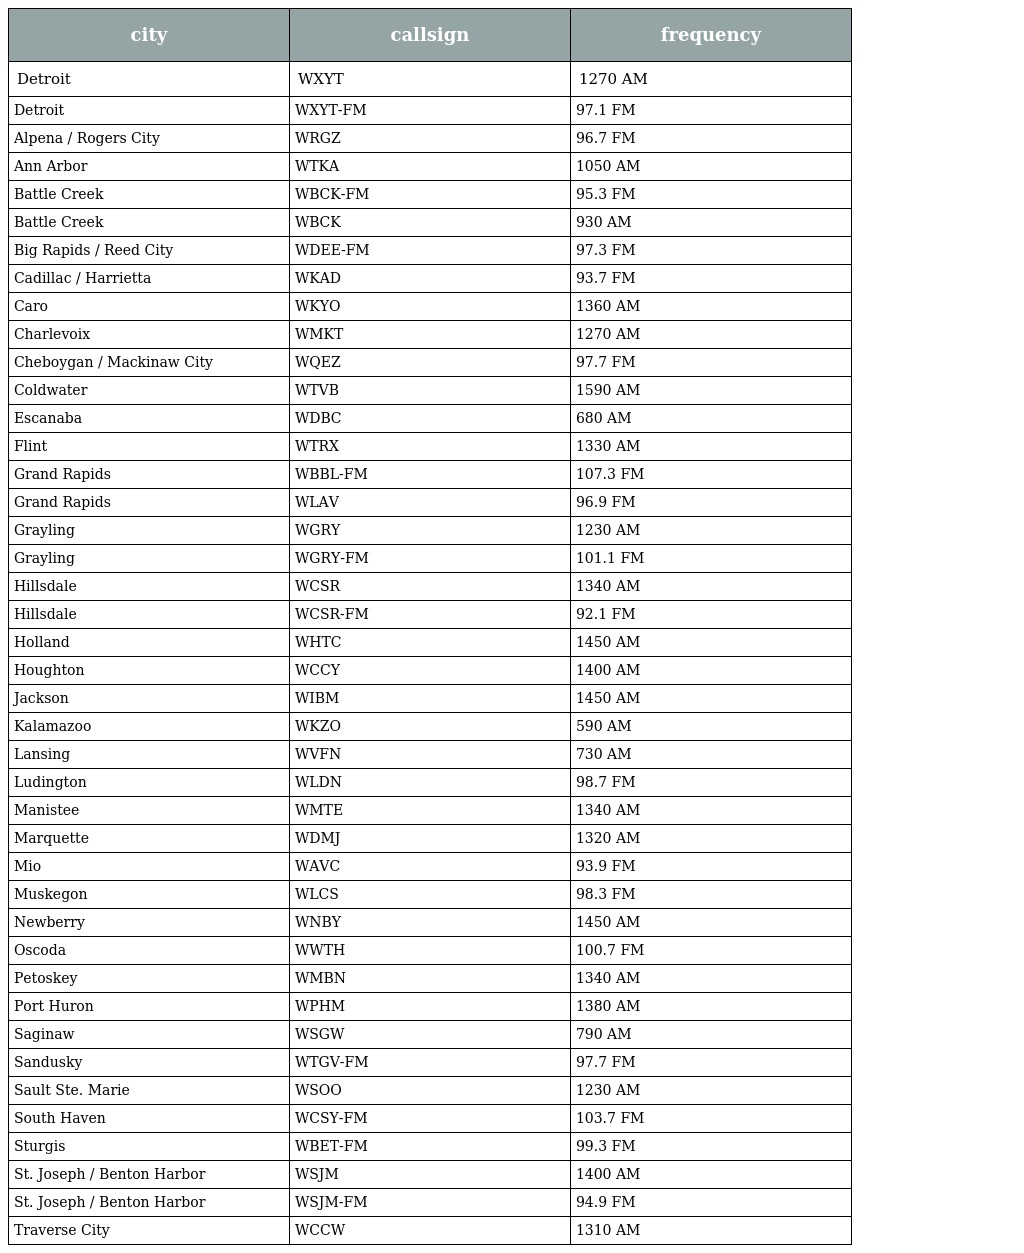
| city | callsign | frequency |
 | --- | --- | --- |
 | Detroit | WXYT | 1270 AM |
 | Detroit | WXYT-FM | 97.1 FM |
 | Alpena / Rogers City | WRGZ | 96.7 FM |
 | Ann Arbor | WTKA | 1050 AM |
 | Battle Creek | WBCK-FM | 95.3 FM |
 | Battle Creek | WBCK | 930 AM |
 | Big Rapids / Reed City | WDEE-FM | 97.3 FM |
 | Cadillac / Harrietta | WKAD | 93.7 FM |
 | Caro | WKYO | 1360 AM |
 | Charlevoix | WMKT | 1270 AM |
 | Cheboygan / Mackinaw City | WQEZ | 97.7 FM |
 | Coldwater | WTVB | 1590 AM |
 | Escanaba | WDBC | 680 AM |
 | Flint | WTRX | 1330 AM |
 | Grand Rapids | WBBL-FM | 107.3 FM |
 | Grand Rapids | WLAV | 96.9 FM |
 | Grayling | WGRY | 1230 AM |
 | Grayling | WGRY-FM | 101.1 FM |
 | Hillsdale | WCSR | 1340 AM |
 | Hillsdale | WCSR-FM | 92.1 FM |
 | Holland | WHTC | 1450 AM |
 | Houghton | WCCY | 1400 AM |
 | Jackson | WIBM | 1450 AM |
 | Kalamazoo | WKZO | 590 AM |
 | Lansing | WVFN | 730 AM |
 | Ludington | WLDN | 98.7 FM |
 | Manistee | WMTE | 1340 AM |
 | Marquette | WDMJ | 1320 AM |
 | Mio | WAVC | 93.9 FM |
 | Muskegon | WLCS | 98.3 FM |
 | Newberry | WNBY | 1450 AM |
 | Oscoda | WWTH | 100.7 FM |
 | Petoskey | WMBN | 1340 AM |
 | Port Huron | WPHM | 1380 AM |
 | Saginaw | WSGW | 790 AM |
 | Sandusky | WTGV-FM | 97.7 FM |
 | Sault Ste. Marie | WSOO | 1230 AM |
 | South Haven | WCSY-FM | 103.7 FM |
 | Sturgis | WBET-FM | 99.3 FM |
 | St. Joseph / Benton Harbor | WSJM | 1400 AM |
 | St. Joseph / Benton Harbor | WSJM-FM | 94.9 FM |
 | Traverse City | WCCW | 1310 AM |